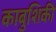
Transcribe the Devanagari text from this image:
काबुशिकी